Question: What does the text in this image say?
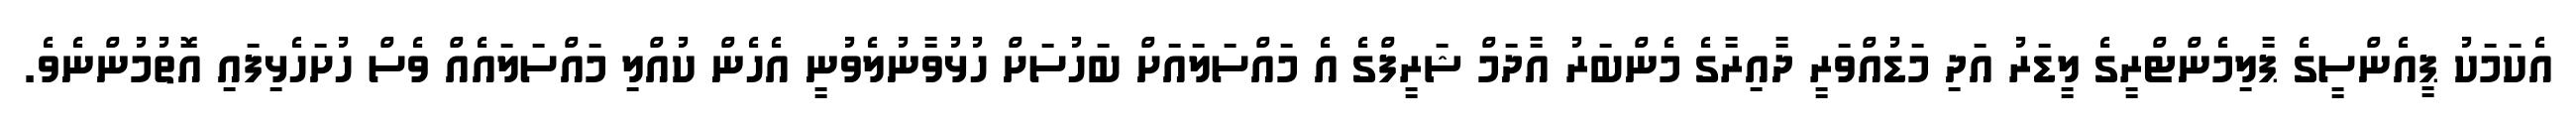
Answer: އެކަމަކު ޕީއެންސީގެ ޕާލިމެންޓްރީގެ ލީޑަރު އަދި މަޑުއްވަރީ ދާއިރާގެ މެންބަރު އާދަމް ޝަރީފްގެ އެ މައްސަލައަށް ބަހުސަށް ހުޅުވާނުލެވުނީ އެހެން ކުއްލި މައްސަލައެއް ވެސް ހުށަހެޅިފައި އޮތުމުންނެވެ.